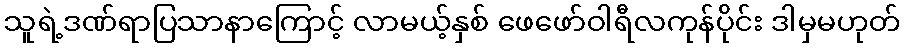
သူရဲ့ဒဏ်ရာပြသာနာကြောင့် လာမယ့်နှစ် ဖေဖော်ဝါရီလကုန်ပိုင်း ဒါမှမဟုတ်